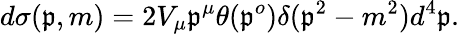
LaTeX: d\sigma(\mathfrak{p},m)=2V_{\mu}\mathfrak{p}^{\mu}\theta(\mathfrak{p}^{o})\delta(\mathfrak{p}^{2}-m^{2})d^{4}\mathfrak{p}.